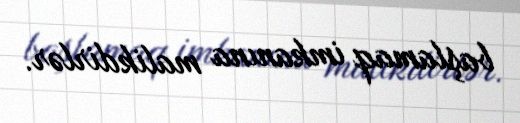
başlamaq imkanına malikdirlər.